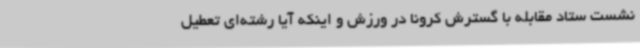
نشست ستاد مقابله با گسترش کرونا در ورزش و اینکه آیا رشته‌ای تعطیل